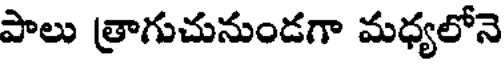
పాలు త్రాగుచునుండగా మధ్యలోనె